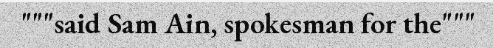
"""said Sam Ain, spokesman for the"""